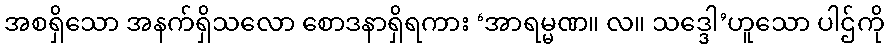
အစရှိသော အနက်ရှိသလော စောဒနာရှိရကား ‘အာရမ္မဏ။ လ။ သဒ္ဒေါ’ဟူသော ပါဌ်ကို